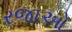
રજાઓ